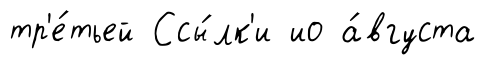
тр'е́тьей Ссы́лк'и ио а́вгуста